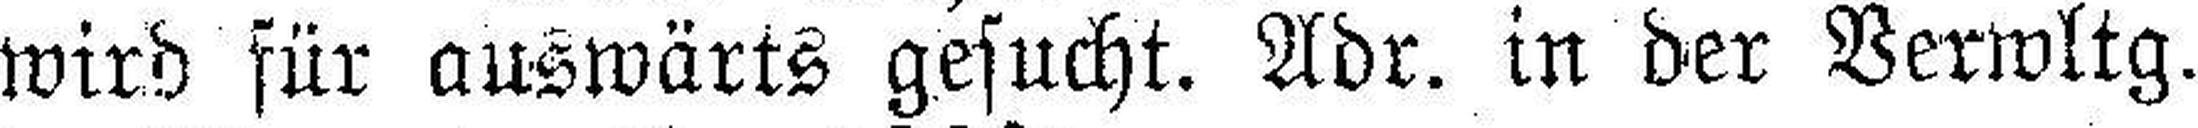
wird für auswärts gesucht. Adr. in der Verwltg.